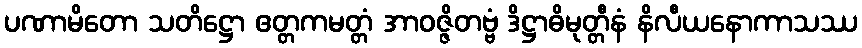
ပဏာမိတော သတိဋ္ဌော ဧတ္တကမတ္တံ အာဝဇ္ဇိတဗ္ဗံ ဒိဋ္ဌာဓိမုတ္တီနံ နိလီယနောကာသဿ